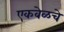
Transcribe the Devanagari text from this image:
एकवेळचे